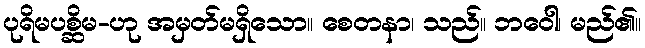
ပုရိမပစ္ဆိမ-ဟု အမှတ်မရှိသော။ စေတနာ၊ သည်။ ဘဝေါ၊ မည်၏။